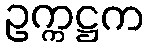
ဥက္ကဋ္ဌက